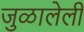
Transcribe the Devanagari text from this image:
जुळालेली